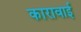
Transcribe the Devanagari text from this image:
कारावाई